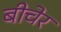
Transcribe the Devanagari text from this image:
बीचेर